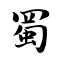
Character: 蜀